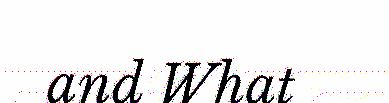
and What